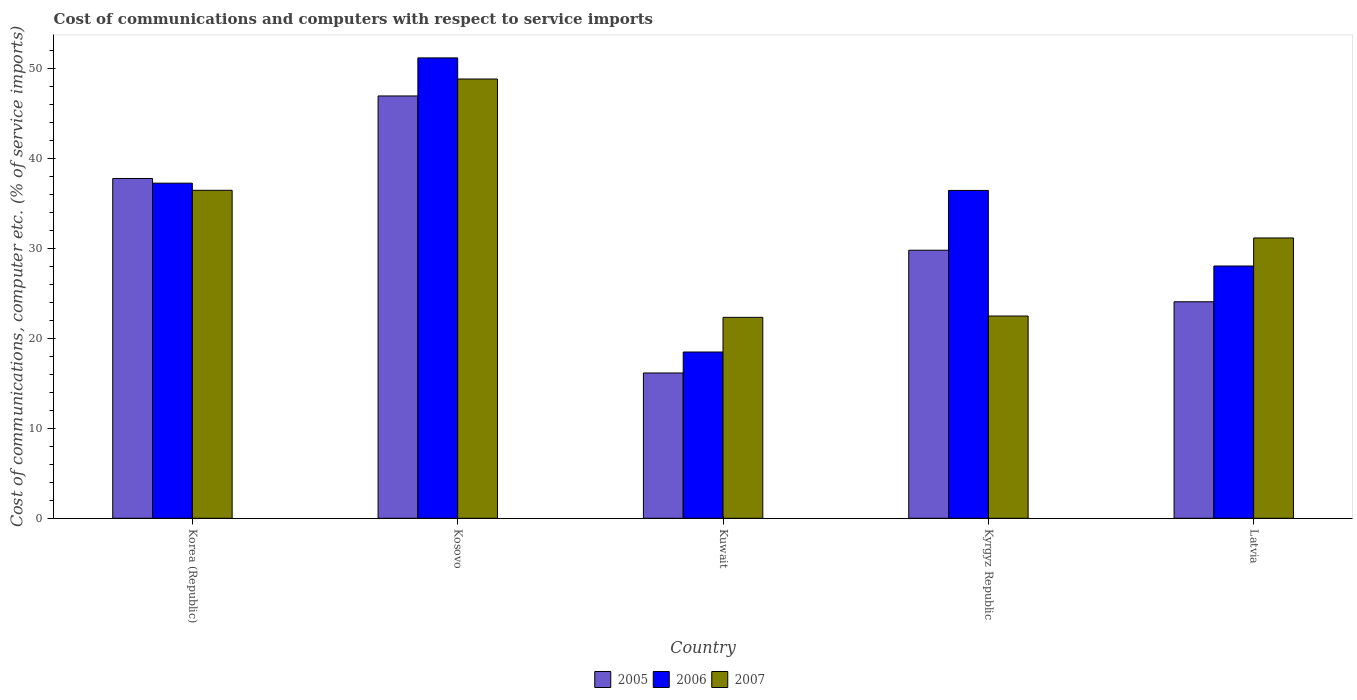
| Country | 2005 | 2006 | 2007 |
 | --- | --- | --- | --- |
 | Korea (Republic) | 37.8 | 37.3 | 36.5 |
 | Kosovo | 47 | 51.2 | 48.9 |
 | Kuwait | 16.2 | 18.5 | 22.4 |
 | Kyrgyz Republic | 29.8 | 36.5 | 22.5 |
 | Latvia | 24.1 | 28.1 | 31.2 |